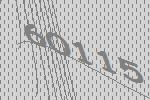
60115